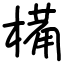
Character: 𣖾